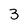
Character: 3